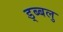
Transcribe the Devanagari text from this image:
ड्ब्बलु